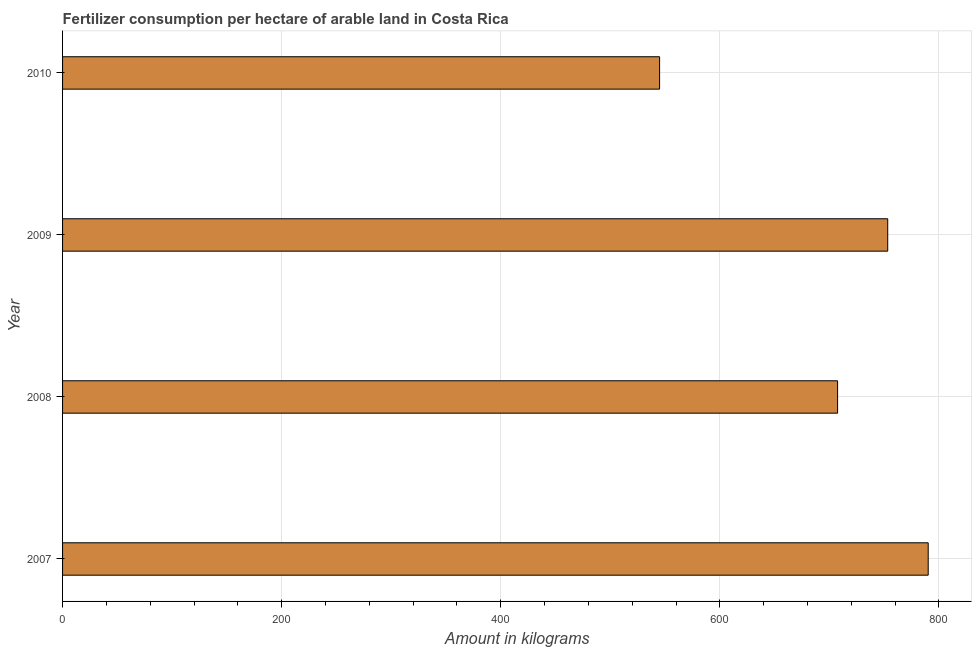
| Year | Fertilizer consumption |
 | --- | --- |
 | 2007 | 790 |
 | 2008 | 707 |
 | 2009 | 753 |
 | 2010 | 545 |